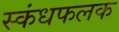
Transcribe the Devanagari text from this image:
स्कंधफलक